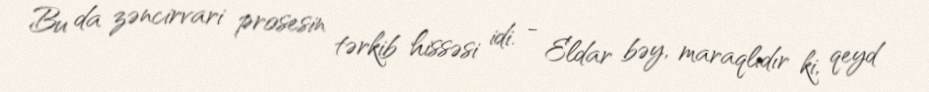
Bu da zəncirvari prosesin tərkib hissəsi idi. - Eldar bəy, maraqlıdır ki, qeyd